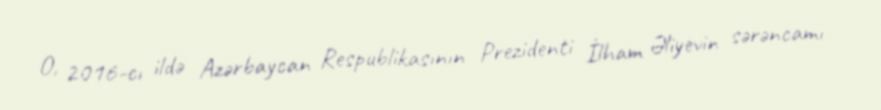
O, 2016-cı ildə Azərbaycan Respublikasının Prezidenti İlham Əliyevin sərəncamı